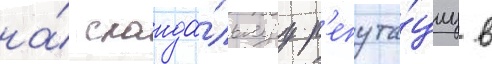
на́ сканда́льнуу р'епута́циу в